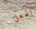
تفعل